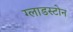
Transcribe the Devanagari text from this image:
ग्लाडस्टोन